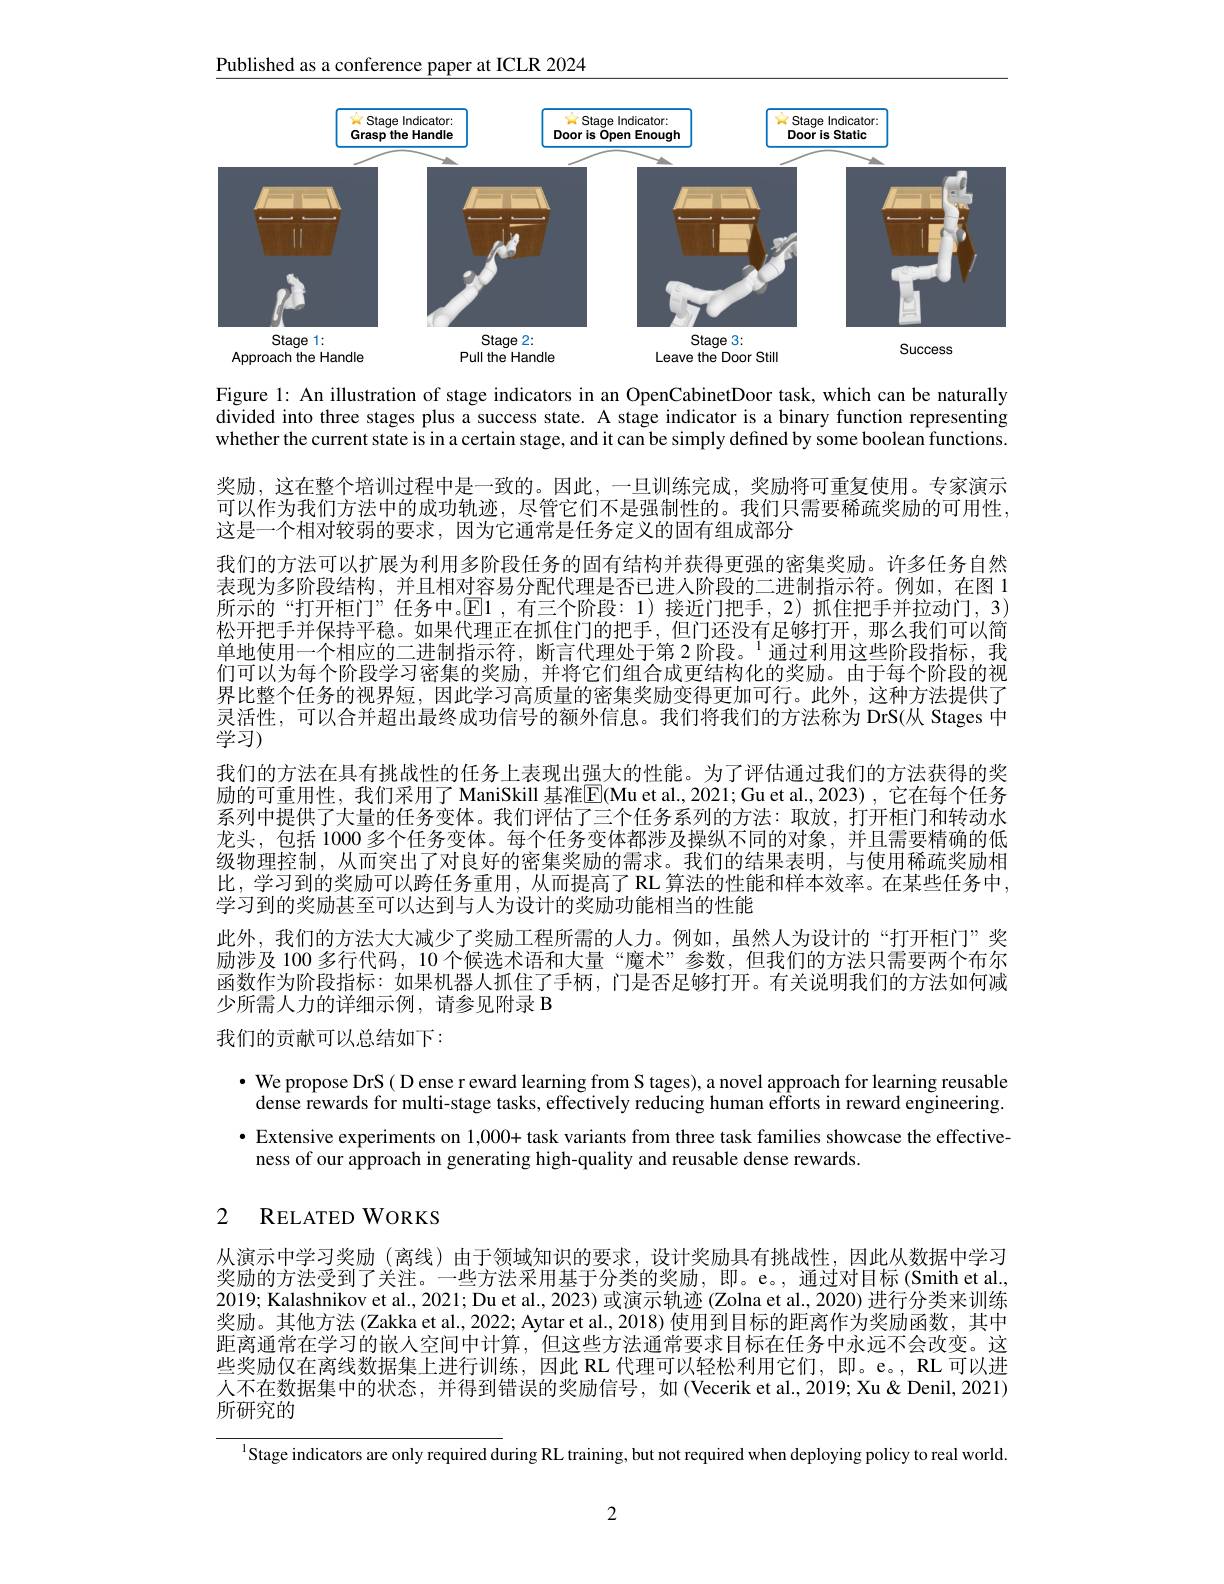
Published as a conference paper at ICLR 2024

<FigureHere>

Figure 1: An illustration of stage indicators in an OpenCabinetDoor task, which can be naturally divided into three stages plus a success state. A stage indicator is a binary function representing whether the current state is in a certain stage, and it can be simply defined by some boolean functions.

奖励，这在整个培训过程中是一致的。因此，一旦训练完成，奖励将可重复使用。专家演示可以作为我们方法中的成功轨迹，尽管它们不是强制性的。我们只需要稀疏奖励的可用性， 这是一个相对较弱的要求，因为它通常是任务定义的固有组成部分
我们的方法可以扩展为利用多阶段任务的固有结构并获得更强的密集奖励。许多任务自然表现为多阶段结构，并且相对容易分配代理是否已进入阶段的二进制指示符。例如，在图 1所示的“打开柜门”任务中。$\mathbb{E}$1,有三个阶段：1)接近门把手，2)抓住把手并拉动门，3) 松开把手并保持平稳。如果代理正在抓住门的把手，但门还没有足够打开，那么我们可以简单地使用一个相应的二进制指示符，断言代理处于第 2阶段。$^{1}$通过利用这些阶段指标，我们可以为每个阶段学习密集的奖励，并将它们组合成更结构化的奖励。由于每个阶段的视界比整个任务的视界短，因此学习高质量的密集奖励变得更加可行。此外，这种方法提供了灵活性，可以合并超出最终成功信号的额外信息。我们将我们的方法称为 DrS(从 Stages 中学习)
我们的方法在具有挑战性的任务上表现出强大的性能。为了评估通过我们的方法获得的奖励的可重用性，我们采用了 ManiSkill 基准$\overline{\mathrm{E}}$(Mu et al.,2021;Gu et al.,2023),它在每个任务系列中提供了大量的任务变体。我们评估了三个任务系列的方法：取放，打开柜门和转动水龙头，包括 1000 多个任务变体。每个任务变体都涉及操纵不同的对象，并且需要精确的低级物理控制，从而突出了对良好的密集奖励的需求。我们的结果表明，与使用稀疏奖励相比，学习到的奖励可以跨任务重用，从而提高了 RL 算法的性能和样本效率。在某些任务中， 学习到的奖励甚至可以达到与人为设计的奖励功能相当的性能
此外，我们的方法大大减少了奖励工程所需的人力。例如，虽然人为设计的“打开柜门”奖励涉及 100 多行代码，10 个候选术语和大量 “魔术”参数，但我们的方法只需要两个布尔函数作为阶段指标：如果机器人抓住了手柄，门是否足够打开。有关说明我们的方法如何减少所需人力的详细示例，请参见附录 B
我们的贡献可以总结如下：

$\bullet$ We propose DrS( D ense r eward learning from S tages), a novel approach for learning reusable $\hat{\text{dense rewards for multi-stage tasks, effectively reducing human efforts in reward engineering.}}$ $\bullet$ Extensive experiments on 1,000+ task variants from three task families showcase the effective-
ness of our approach in generating high-quality and reusable dense rewards.

## 2 RELATED WORKS

从演示中学习奖励 (离线)由于领域知识的要求，设计奖励具有挑战性，因此从数据中学习奖励的方法受到了关注。一些方法采用基于分类的奖励，即。e。,通过对目标(Smith et al., 2019; Kalashnikov et al., 2021; Du et al.., 2023) 或演示轨迹 (Zolna et al., 2020) 进行分类来训练奖励。其他方法(Zakka et al., 2022; Aytar et al., 2018) 使用到目标的距离作为奖励函数，其中距离通常在学习的嵌人空间中计算，但这些方法通常要求目标在任务中永远不会改变。这些奖励仅在离线数据集上进行训练，因此 RL 代理可以轻松利用它们，即。e。, RL 可以进人不在数据集中的状态，并得到错误的奖励信号，如(Vecerik et al.,2019; Xu& Denil, 2021) 所研究的

$^{1}$Stage indicators are only required during RL training, but not required when deploying policy to real world.

2